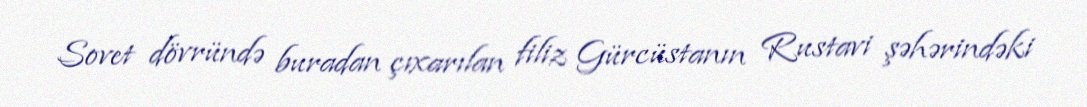
Sovet dövründə buradan çıxarılan filiz Gürcüstanın Rustavi şəhərindəki